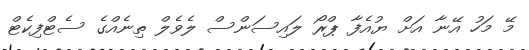
މޭ މަހު އޭނާ އަށް ޔުއެފާ ޕްރޯ ލައިސަންސް ލެވެލް ތިނެއްގެ ސެޓްފިކެޓް